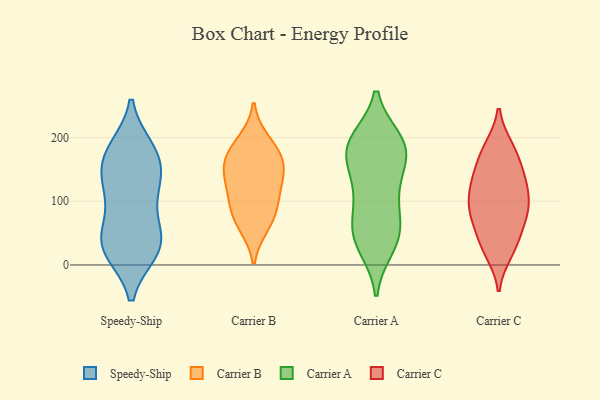
{"axis": {"x": "Operating Costs (USD K)", "y": "Value"}, "legend": ["Carrier A", "Carrier B", "Carrier C", "Speedy-Ship"], "data": [{"x": "", "y": 41, "type": "Speedy-Ship"}, {"x": "", "y": 126, "type": "Speedy-Ship"}, {"x": "", "y": 142, "type": "Speedy-Ship"}, {"x": "", "y": 114, "type": "Speedy-Ship"}, {"x": "", "y": 175, "type": "Speedy-Ship"}, {"x": "", "y": 26, "type": "Speedy-Ship"}, {"x": "", "y": 25, "type": "Speedy-Ship"}, {"x": "", "y": 182, "type": "Speedy-Ship"}, {"x": "", "y": 22, "type": "Speedy-Ship"}, {"x": "", "y": 177, "type": "Speedy-Ship"}, {"x": "", "y": 124, "type": "Speedy-Ship"}, {"x": "", "y": 50, "type": "Speedy-Ship"}, {"x": "", "y": 168, "type": "Speedy-Ship"}, {"x": "", "y": 25, "type": "Speedy-Ship"}, {"x": "", "y": 73, "type": "Speedy-Ship"}, {"x": "", "y": 136, "type": "Carrier B"}, {"x": "", "y": 170, "type": "Carrier B"}, {"x": "", "y": 63, "type": "Carrier B"}, {"x": "", "y": 71, "type": "Carrier B"}, {"x": "", "y": 138, "type": "Carrier B"}, {"x": "", "y": 97, "type": "Carrier B"}, {"x": "", "y": 194, "type": "Carrier B"}, {"x": "", "y": 175, "type": "Carrier B"}, {"x": "", "y": 154, "type": "Carrier B"}, {"x": "", "y": 104, "type": "Carrier B"}, {"x": "", "y": 119, "type": "Carrier A"}, {"x": "", "y": 194, "type": "Carrier A"}, {"x": "", "y": 75, "type": "Carrier A"}, {"x": "", "y": 190, "type": "Carrier A"}, {"x": "", "y": 113, "type": "Carrier A"}, {"x": "", "y": 195, "type": "Carrier A"}, {"x": "", "y": 36, "type": "Carrier A"}, {"x": "", "y": 58, "type": "Carrier A"}, {"x": "", "y": 40, "type": "Carrier A"}, {"x": "", "y": 61, "type": "Carrier A"}, {"x": "", "y": 179, "type": "Carrier A"}, {"x": "", "y": 132, "type": "Carrier A"}, {"x": "", "y": 171, "type": "Carrier A"}, {"x": "", "y": 172, "type": "Carrier A"}, {"x": "", "y": 187, "type": "Carrier A"}, {"x": "", "y": 29, "type": "Carrier A"}, {"x": "", "y": 90, "type": "Carrier C"}, {"x": "", "y": 20, "type": "Carrier C"}, {"x": "", "y": 106, "type": "Carrier C"}, {"x": "", "y": 27, "type": "Carrier C"}, {"x": "", "y": 33, "type": "Carrier C"}, {"x": "", "y": 127, "type": "Carrier C"}, {"x": "", "y": 175, "type": "Carrier C"}, {"x": "", "y": 142, "type": "Carrier C"}, {"x": "", "y": 135, "type": "Carrier C"}, {"x": "", "y": 138, "type": "Carrier C"}, {"x": "", "y": 181, "type": "Carrier C"}, {"x": "", "y": 54, "type": "Carrier C"}, {"x": "", "y": 184, "type": "Carrier C"}, {"x": "", "y": 86, "type": "Carrier C"}, {"x": "", "y": 76, "type": "Carrier C"}, {"x": "", "y": 77, "type": "Carrier C"}, {"x": "", "y": 101, "type": "Carrier C"}]}